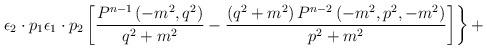
LaTeX: \begin{align*}\left.{{\epsilon}_2 \cdot p_1 {\epsilon}_1 \cdot p_2 \left[\frac {P^{n-1}\left(-m^2,q^2\right)} {q^2+m^2} - \frac {\left(q^2+m^2\right) P^{n-2} \left(-m^2,p^2,-m^2\right)} {p^2+m^2} \right]}\right\} +\end{align*}